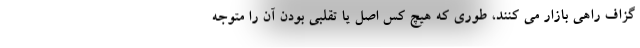
گزاف راهی بازار می کنند، طوری که هیچ کس اصل یا تقلبی بودن آن را متوجه